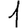
Digit: 1